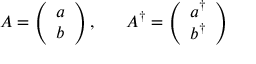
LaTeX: A = \left( \begin{array} { c } { { a } } \\ { { b } } \end{array} \right) , \; \; \; \; \; \; A ^ { \dagger } = \left( \begin{array} { c } { { a ^ { \dagger } } } \\ { { b ^ { \dagger } } } \end{array} \right)